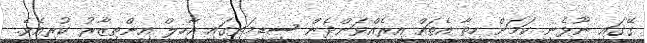
ގޭގައި ނޫޅެނީ ކަމަށް ހިތާ އެތައް އިރެއްވަންދެން ސިޑިމަތީގައި އާހިލް އިންތިޒާރު ކުރިއެވެ.